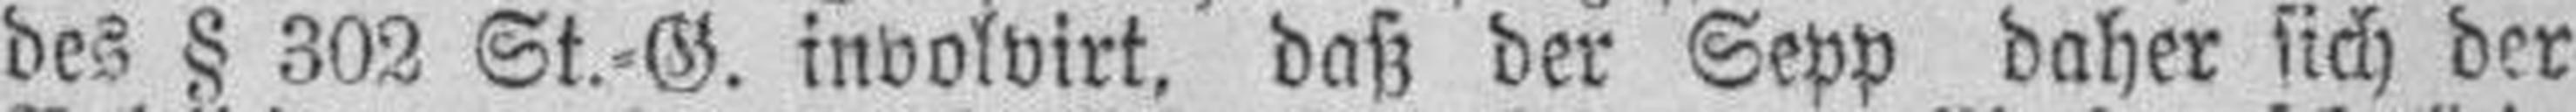
des § 302 St.=G. involvirt, daß der Sepp daher sich der